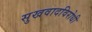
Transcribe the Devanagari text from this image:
सुखवादविरोधी